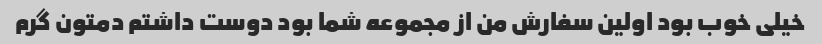
خیلی خوب بود اولین سفارش من از مجموعه شما بود دوست داشتم دمتون گرم